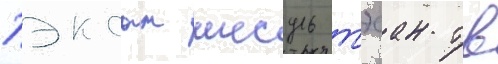
Пэксан иесуль тэсан тв